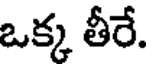
ఒక్క తీరే.